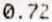
0.72